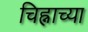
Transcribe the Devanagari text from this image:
चिह्नाच्या